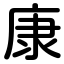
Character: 康